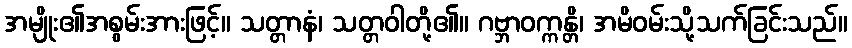
အမျိုး၏အစွမ်းအားဖြင့်။ သတ္တာနံ၊ သတ္တဝါတို့၏။ ဂဗ္ဘာဝက္ကန္တိ၊ အမိဝမ်းသို့သက်ခြင်းသည်။